Document type: Sale
Year: 1440
Scribe: Pere Pau Pujades
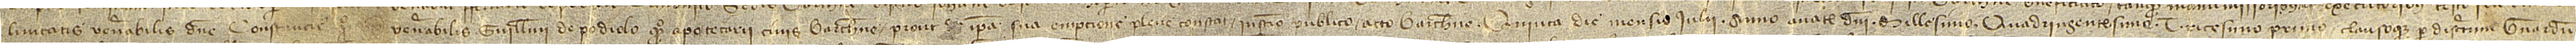
luntatis venerabilis domine Constancie, quondam, uxoris venerabilis Guillelmi de Podiolo, quondam, apotecarii, civis Barchinone, prout de ipsa sua empcione plene constat instrumento publico acto Barchinone quinta die mensis iulii, anno a Nativitate Domini millesimo quadringentesimo tricesimo primo, clausoque per discretum Bernardum